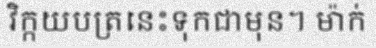
វិក្កយបត្រនេះទុកជាមុន។ ម៉ាក់